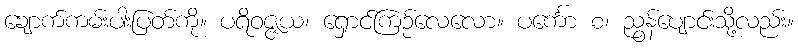
ချောက်ကမ်းပါးပြတ်ကို။ ပရိဝဇ္ဇယ၊ ရှောင်ကြဉ်လေလော။ ပင်္ကော စ၊ ညွန်ပျောင်းသို့လည်း။